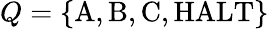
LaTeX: Q=\{ {\mathrm{A}},{\mathrm{B}},{\mathrm{C}},{\mathrm{HALT}}\}